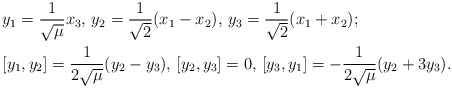
\begin{align*} &y_1=\frac{1}{\sqrt{\mu}}x_3, \, y_2=\frac{1}{\sqrt{2}}(x_1-x_2), \, y_3=\frac{1}{\sqrt{2}}(x_1+x_2);\\ &[y_1,y_2]=\frac{1}{2\sqrt{\mu}}(y_2-y_3), \, [y_2,y_3]=0, \, [y_3,y_1]=-\frac{1}{2\sqrt{\mu}}(y_2+3y_3).\end{align*}